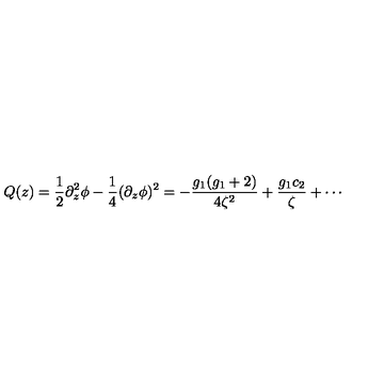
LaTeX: Q ( z ) = \frac { 1 } { 2 } \partial _ { z } ^ { 2 } \phi - \frac { 1 } { 4 } ( \partial _ { z } \phi ) ^ { 2 } = - \frac { g _ { 1 } ( g _ { 1 } + 2 ) } { 4 \zeta ^ { 2 } } + \frac { g _ { 1 } c _ { 2 } } { \zeta } + \cdots